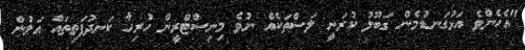
"އެހެންވެ އަޅުގަނޑުމެން ގަބޫލު ކުރަނީ ލަސްތަކެއް ނުވެ މިނިސްޓްރީން ހުރިހާ ކަނދުފަތިތައް އަލުން